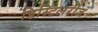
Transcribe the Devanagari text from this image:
डिस्टिलरीज